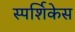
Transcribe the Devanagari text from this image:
स्पर्शिकेस